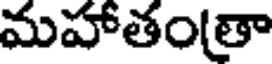
మహాతం(తా